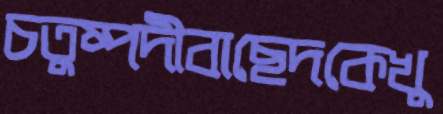
চতুষ্পদীবাছেদকেখু